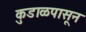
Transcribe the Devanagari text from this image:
कुडाळपासून